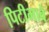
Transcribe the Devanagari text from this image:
पिटीभावे